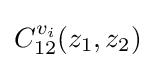
C_{12}^{v_{i}}(z_{1},z_{2})